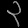
Digit: ၃